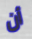
أن